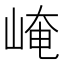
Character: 崦